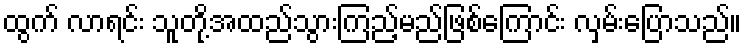
ထွက် လာရင်း သူတို့အထည်သွားကြည့်မည်ဖြစ်ကြောင်း လှမ်းပြောသည်။